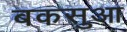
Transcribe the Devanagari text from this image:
बकसुआ